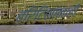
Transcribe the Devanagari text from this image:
ब्रिटिशांनाही